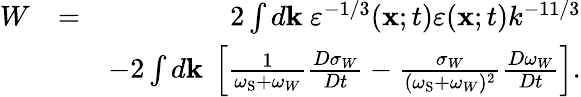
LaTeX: \begin{array}{rlr}{W}&{=}&{2\int d{\mathbf{k}}\ \varepsilon^{-1/3}({\mathbf{x}};t)\varepsilon({\mathbf{x}};t)k^{-11/3}}\\ &{}&{-2\int d{\mathbf{k}}\ \left[{\frac{1}{\omega_{\mathrm{{S}}}+\omega_{W}}\frac{D\sigma_{W}}{Dt}-\frac{\sigma_{W}}{(\omega_{\mathrm{S}}+\omega_{W})^{2}}\frac{D\omega_{W}}{Dt}}\right].}\end{array}